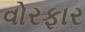
વોરફાર